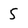
Character: 5